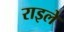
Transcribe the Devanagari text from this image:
राइले